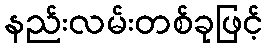
နည်းလမ်းတစ်ခုဖြင့်